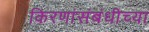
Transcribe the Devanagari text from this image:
किरणांसंबंधीच्या